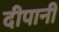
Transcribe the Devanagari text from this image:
दीपानी